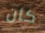
كان